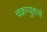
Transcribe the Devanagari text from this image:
चक्रव्युहाचे